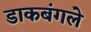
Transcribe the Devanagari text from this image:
डाकबंगले